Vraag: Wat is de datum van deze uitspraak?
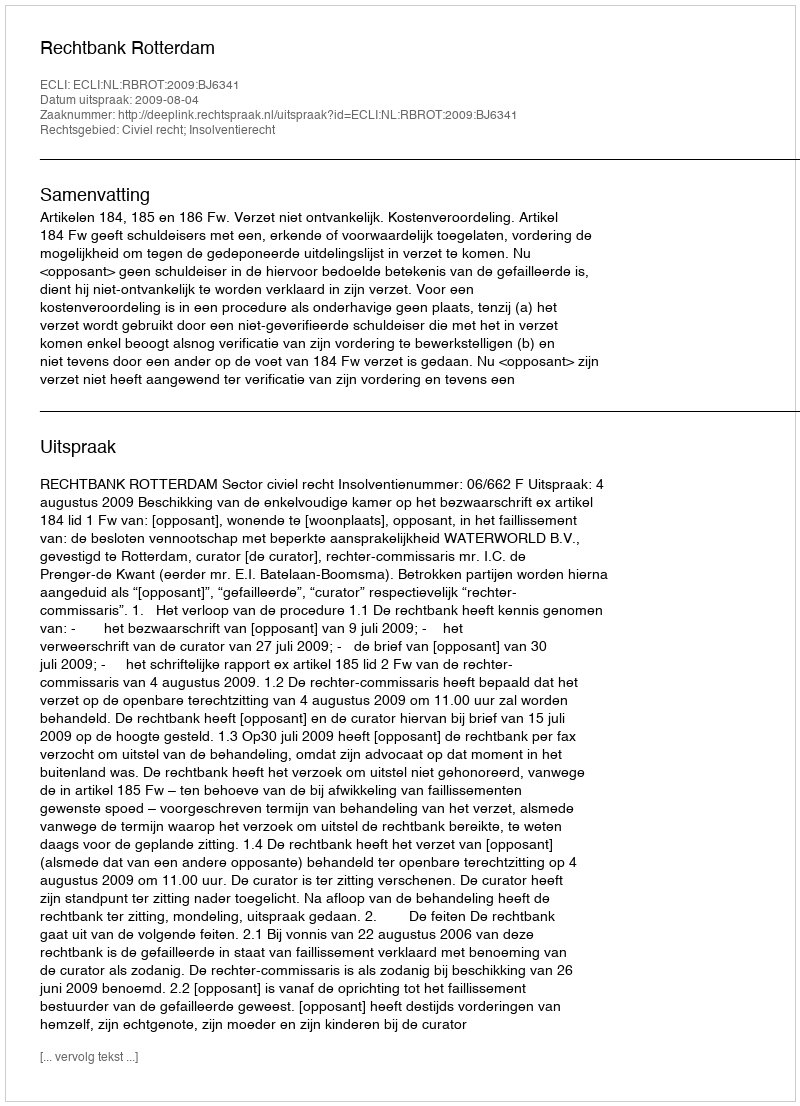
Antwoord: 2009-08-04